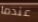
عندما